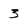
Character: 3